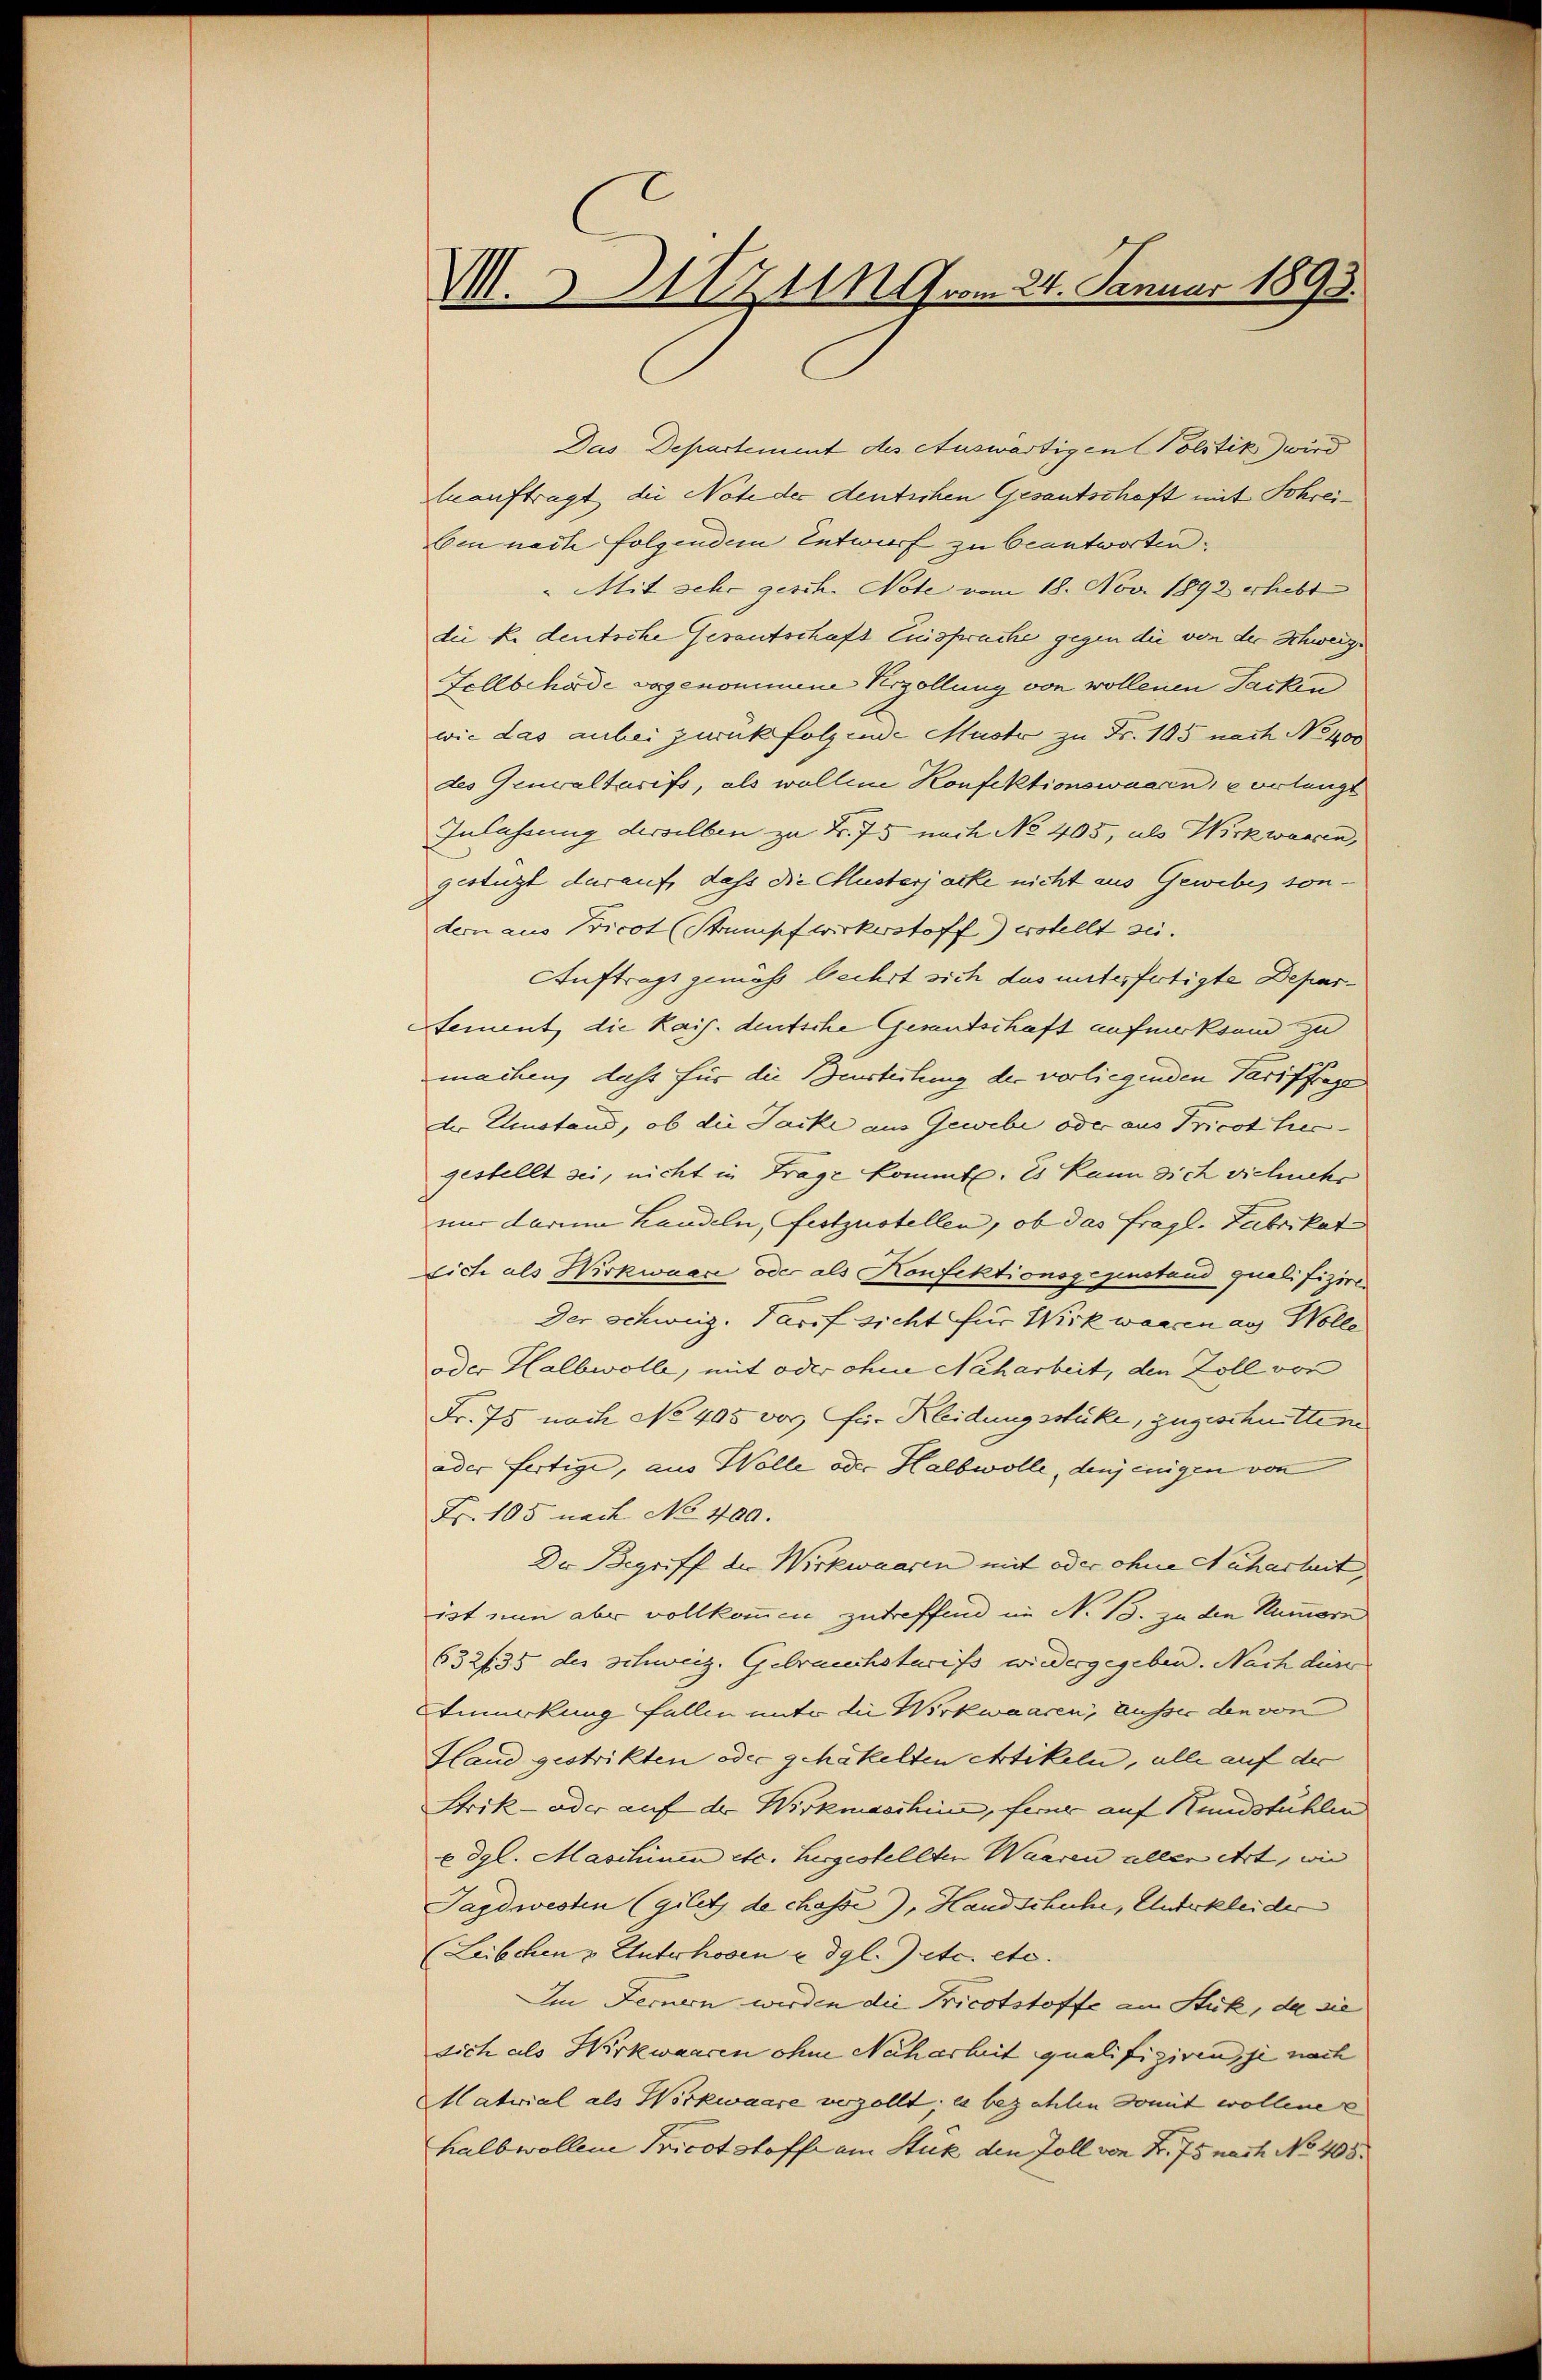
V. X. 711 vom 24. Januar 1893.

Das Departement des Auswärtigen Politik wird
Auauftragt die Note der deutschen Gesantschaft mit Schrei¬
Ein nach folgendem Entwurf zu beantworten.
 Mit sehr gesch. Note vom 18. Nov. 1892 erhebt
die Er deutsche Gesantschaft Einspruche gegen die von der Schweiz.
Fellbehörde vorgenommene Verzöllung von wollenen Jacken
wie das anbei zurück folgende Muste zu Fr. 195 nach No 100
des Generaltarifs, als wollen Konfektionswaaren, verlangt
Inlassung derselben zu Fr. 75 nach No 405, als Wirz waren,
gestüzt darauf, dass die Musterjacke nicht aus Geweber sondern aus Pricot (Stumpf wirkerstoff) erstellt sei.
Auftrags gemäß beehrt sich das unterfertigte Depar¬
Stement, die Kais. deutsche Gesandschaft aufmerksam zu
machen, dass für die Beurteilung der vorliegenden Tarifftrage
der Umstand, ob die Jacke aus Gewebe oder aus Tricot hier-
gestellt sei, nicht in Frage kommt. Es kann sich vielmehr
nur darum handeln, festzustellen, ob das fragl. Fabrikat
Dich als Wirkwaar oder als Konfektionsgegenstand qualifizire
Der Schweiz. Darf sicht für Wirkwaren aus Wolle
oder Halbwolle, mit oder ohne Nacharbeit, den Zoll von
Fr. 75 nach No 405 vor für Kleidungsstücke, zugeschnittm
oder fertige, aus Wolle oder Halbwolle, denjenigen von
Fr. 105 nach No 400.
Der Begriff der Wirkwaaren mit oder ohne Naharheit,
ist nun aber vollkommen zutreffend in No 15. zu die Nummern
632/35 des schweiz. Gebrauchsteriss wiedergegeben. Nach durc
merkung fallen unter die Wirkwaaren, ausser den von
Hand gestrikten oder gehattelten Artikeln, alle auf der
Strik- oder auf der Wirkmaschine, herer auf Kundstühlen
E dgl. Maschinen etc. hergestellten Waaren aller ehrt, wie
Tagdwesten (gilet, de chasse), Handschuhe, Unterkleider
(Leibchen & Unterhoben u. dgl. etc. etc.
Im Fernern werden die Fricotstoffe am Stück, da sie
sich als Wirkwaaren ohne Naharheit qualifiziren, je nach
Material als Wirkwaare verzollt. es bezahlen somit wollene e
halbwollen Tricotstoffe am Stuk den Zoll von Fr. 75 nach No 405.